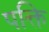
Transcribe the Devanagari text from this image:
पक्ति